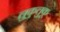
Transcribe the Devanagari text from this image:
लुकुलुकू